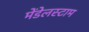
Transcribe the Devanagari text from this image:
मेंडेलस्टाम